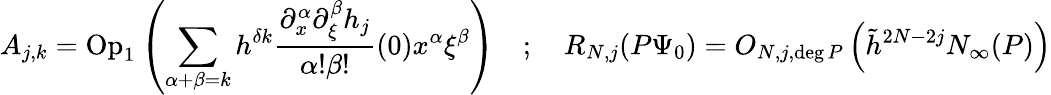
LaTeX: A_{j,k}=\mathrm{Op}_{1}\left(\sum_{\alpha+\beta=k}h^{\delta k}\frac{\partial_{x}^{\alpha}\partial_{\xi}^{\beta}h_{j}}{\alpha!\beta!}(0)x^{\alpha}\xi^{\beta}\right)\quad;\quad R_{N,j}(P\Psi_{0})=O_{N,j,\deg P}\left(\tilde{h}^{2N-2j}N_{\infty}(P)\right)